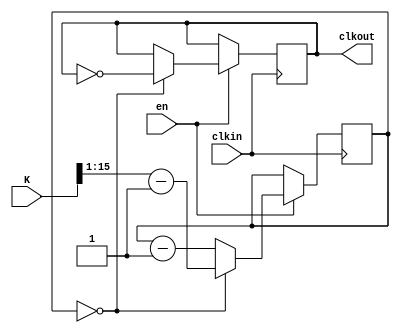
//K is how much you want to divide the clock by
//It has to be a multiple of 2

module clkdiv_16(
clkin,
clkout,
K,
en
);


	parameter N_BIT = 16;
	
	input clkin;
	input [N_BIT-1:0] K;
	input en;
	
	output clkout;
	
	reg [N_BIT-1:0] count;
	reg clkout;
	
	initial count = 16'b0;
	initial clkout = 1'b0;
	
	always @ (posedge clkin)
	begin
		if(en == 1'b1)
		begin
			if(count == 16'b0)
			begin
				clkout <= ~clkout;
				count <= ((K >> 1) - 1);
			end
			else
			begin
				count <= count - 1'b1;
			end
		end
	end

endmodule